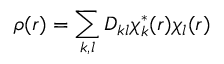
\rho ( r ) = \sum _ { k , l } D _ { k l } \chi _ { k } ^ { * } ( r ) \chi _ { l } ( r )